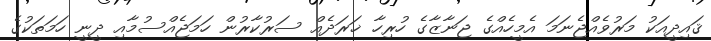
ޤައިދީއަކު މަރުވެއްޖެނަމަ އެމީހެއްގެ ޖަނާޒާގެ ހުރިހާ ޚަރަދެއް ސަރުކާރުން ހަމަޖެއްސުމާއި ދީނީ ހަމަތަކުގެ